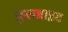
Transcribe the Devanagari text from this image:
फ़ुलब्राइट